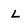
Character: L